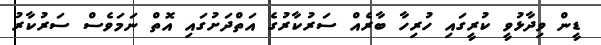
ޑީން ވިދާޅުވީ ކުރީގައި ހުރިހާ ބާރެއް ސަރުކާރުގެ އަތްދަށުގައި އޮތް ނަމަވެސް ސަރުކާރު